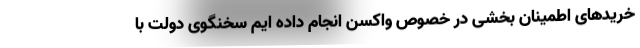
خریدهای اطمینان بخشی در خصوص واکسن انجام داده ایم سخنگوی دولت با